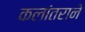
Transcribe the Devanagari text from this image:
कलांतराने